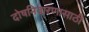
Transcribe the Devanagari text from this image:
दोषनिवारणासाठी